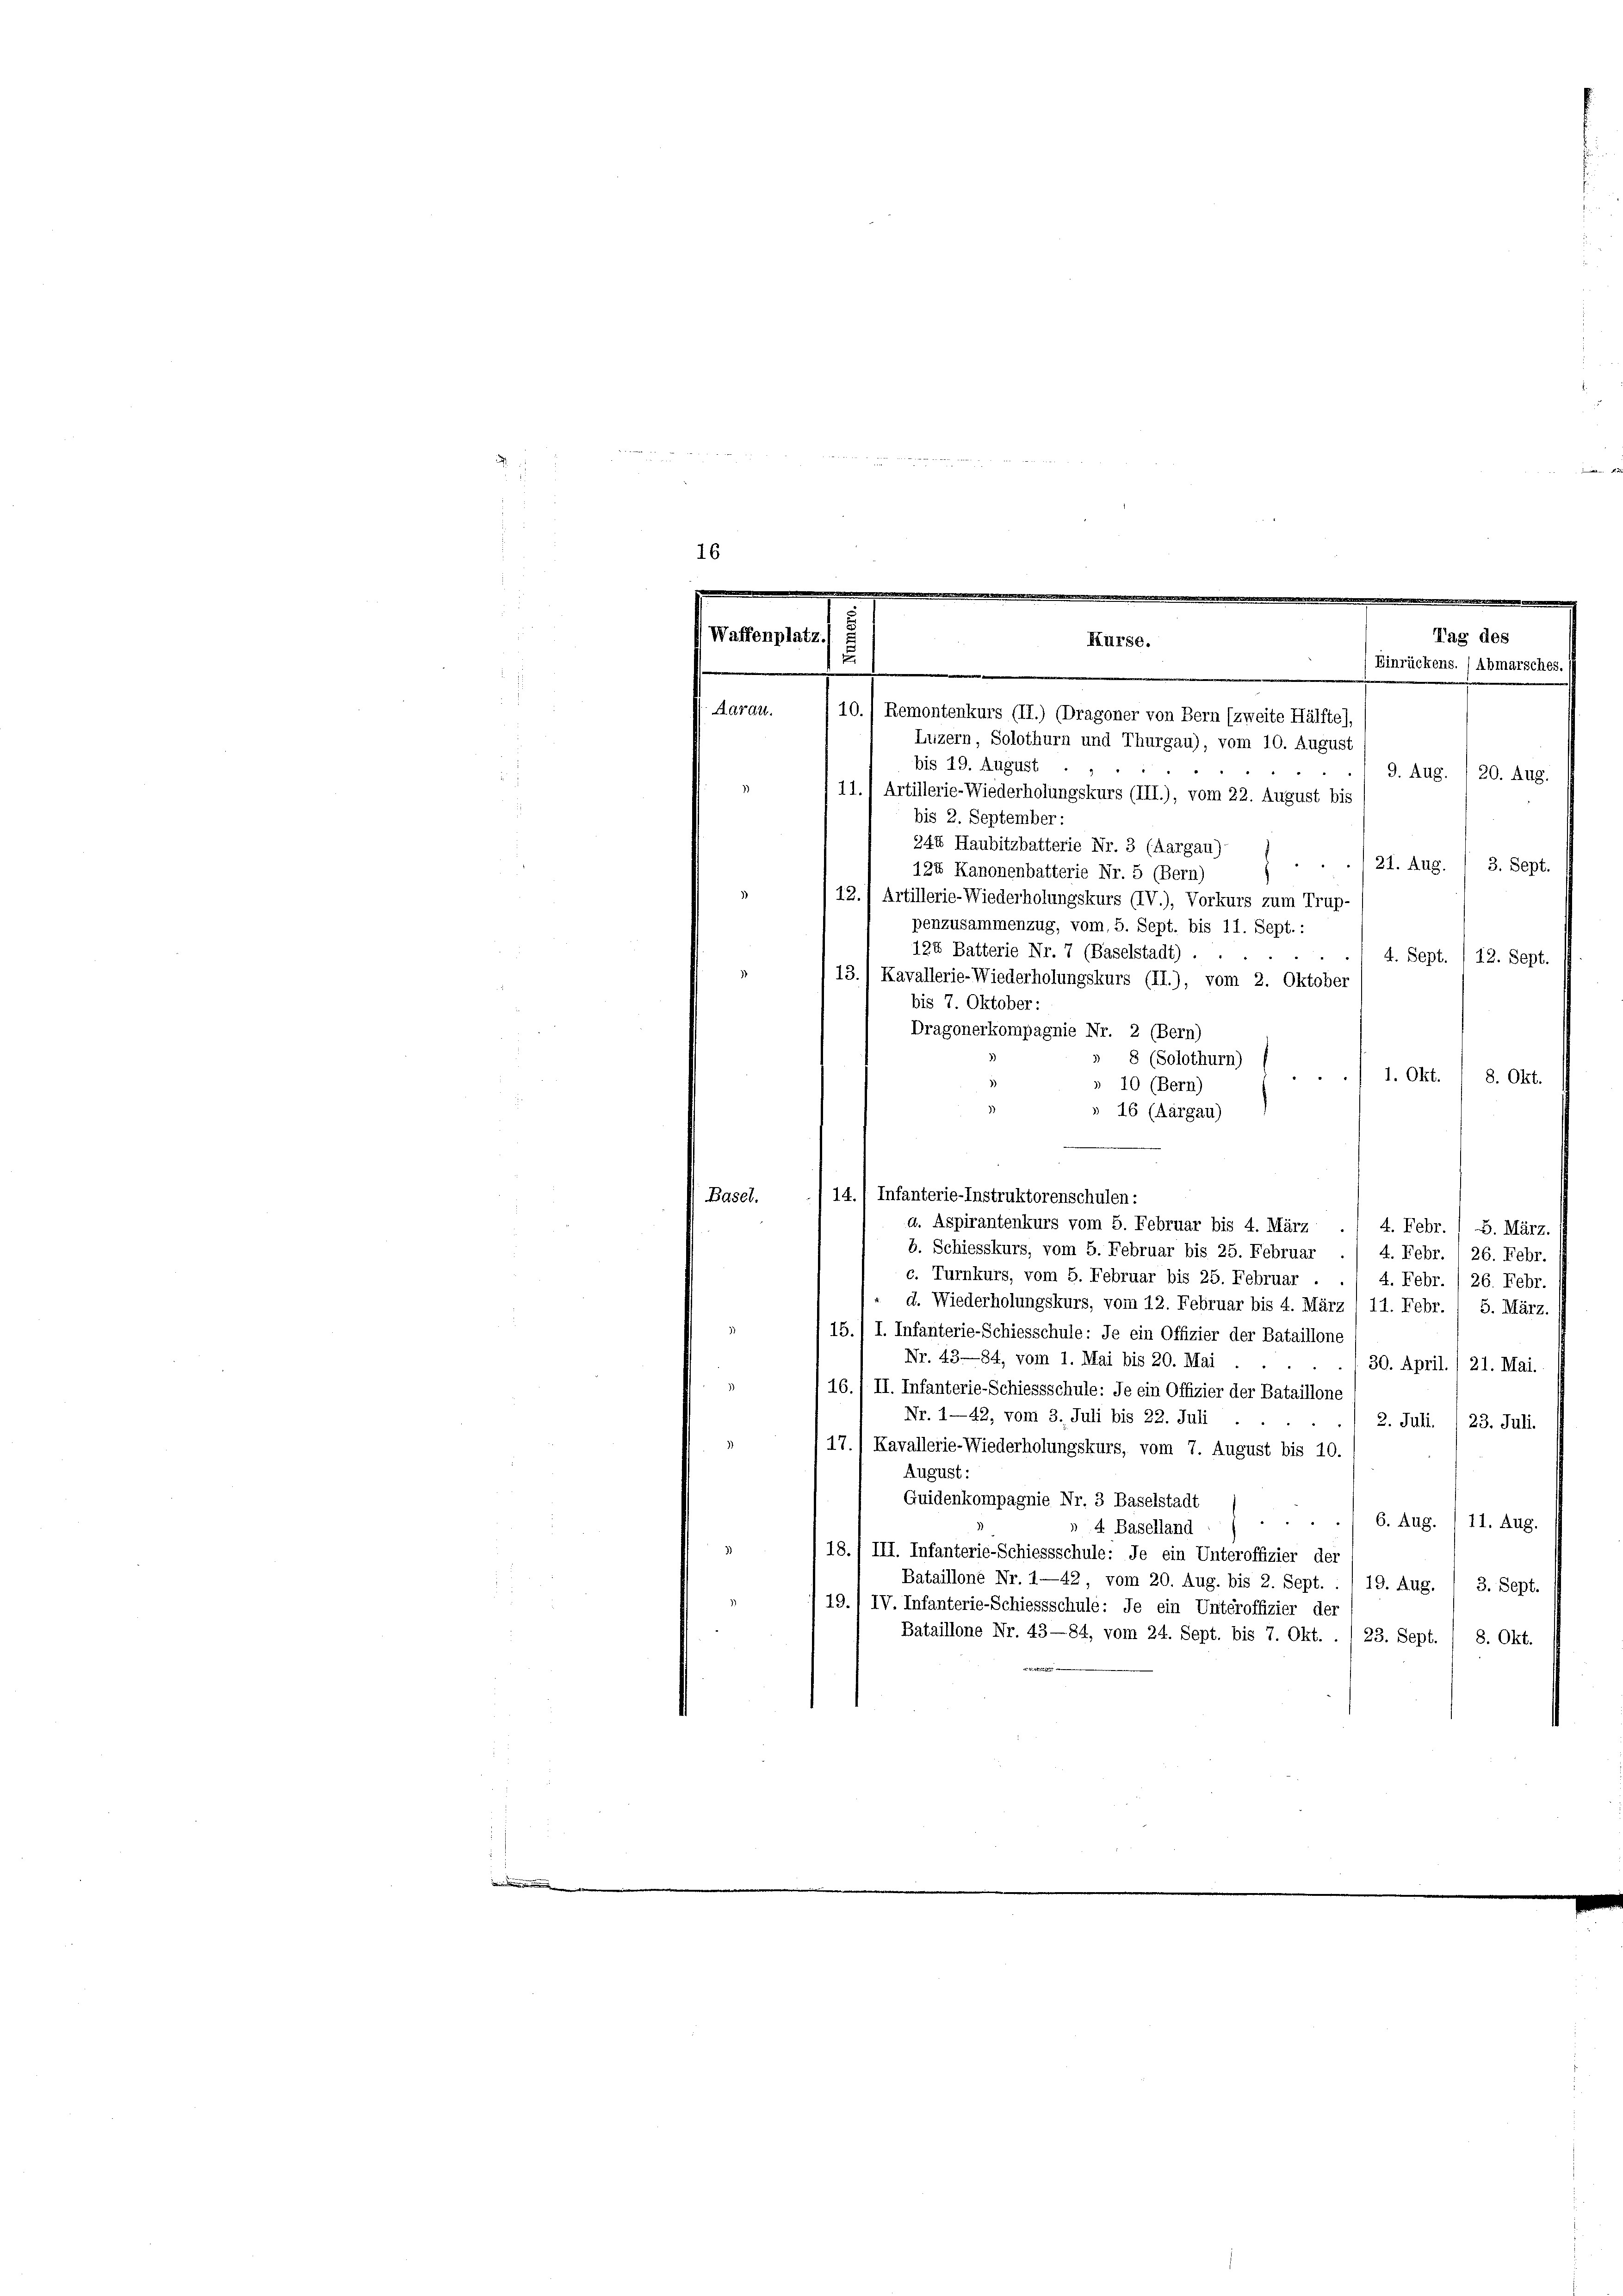
16

Waffenplatz.
Tag des
Kurse.
.
Einrückens. / Abmarsches.)
e

Aarau.
10.) Remontenkurs (II.) (Dragoner von Bern (zweite Hälfte),
Luzern, Solothurn und Thurgau), vom 10. August
bis 19. August
9. Aug. /20. Aug.
11.1 Artillerie-Wiederholungskurs (III.), vom 22. August bis
bis 2. September:
244 Haubitzbatterie Nr. 3 (Aargau)-
21. Aug. / 3. Sept.
124 Kanonenbatterie Nr. 5 (Bern)
)
12.) Artillerie-Wiederholungskurs (IV.), Vorkurs zum Trup-
penzusammenzug, vom 5. Sept. bis 11. Sept. :
124 Batterie Nr. 7 (Baselstadt) .
4. Sept. /12. Sept.
13.) Kavallerie-Wiederholungskurs (II.), vom 2. Oktober
bis 7. Oktober:
Dragonerkompagnie Nr. 2 (Bern)
» 8 (Solothurn)
1. Okt. / 8. Okt.
» 10 (Bern)
» 16 (Aargau)
14., Infanterie-Instruktorenschulen:
Basel.
a. Aspirantenkurs vom 5. Februar bis 4. März
4. Febr. 1 5. März.
b. Schiesskurs, vom 5. Februar bis 25. Februar ./ 4. Febr. 1 26. Febr.
c. Turnkurs, vom 5. Februar bis 25. Februar
4. Febr. / 26. Febr.
d. Wiederholungskurs, vom 12. Februar bis 4. März /11. Febr. / 5. März.
15.) I. Infanterie-Schiesschule: Je ein Offizier der Bataillone
Nr. 43—84, vom 1. Mai bis 20. Mai
30. April./21. Mai.
16./ II. Infanterie-Schiessschule: Je ein Offizier der Bataillone
Nr. 1—42, vom 3. Juli bis 22. Juli
2. Juli. /23. Juli.
17.) Kavallerie-Wiederholungskurs, vom 7. August bis 10.
August:
Quidenkompagnie Nr. 3 Baselstadt
.
6. Aug. 111. Aug.
» 4. Baselland
18.) III. Infanterie-Schiessschule: de ein Unteroffizier der
Bataillone Nr. 1—42 vom 20. Aug. bis 2. Sept. : 1 19. Aug. , 3. Sept.
19./ IV. Infanterie-Schiessschule: Je ein Unteroffizier der
Bataillone Nr. 43—84, vom 24. Sept. bis 7. Okt. . 1 23. Sept. / 8. Okt.
4

g   der eine recht, betreter 18